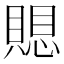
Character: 𮚗